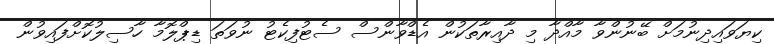
ކިޔަވައިދިނުމަށް ބޭނުންވާ މާއްދާ މި ދާއިރާތަކުން އެޑްވާންސް ސެޓުފިކެޓު ނުވަތަ ޑިޕްލޮމާ ހާސިލުކޮށްފައިވުން